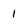
Character: I